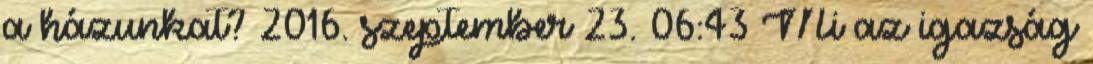
a házunkat? 2016. szeptember 23. 06:43 Mi az igazság